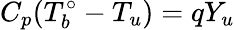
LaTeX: C_{p}(T_{b}^{\circ}-T_{u})=qY_{u}